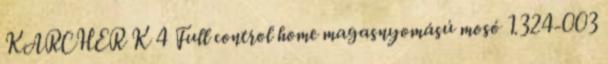
KARCHER K 4 Full control home magasnyomású mosó 1.324-003